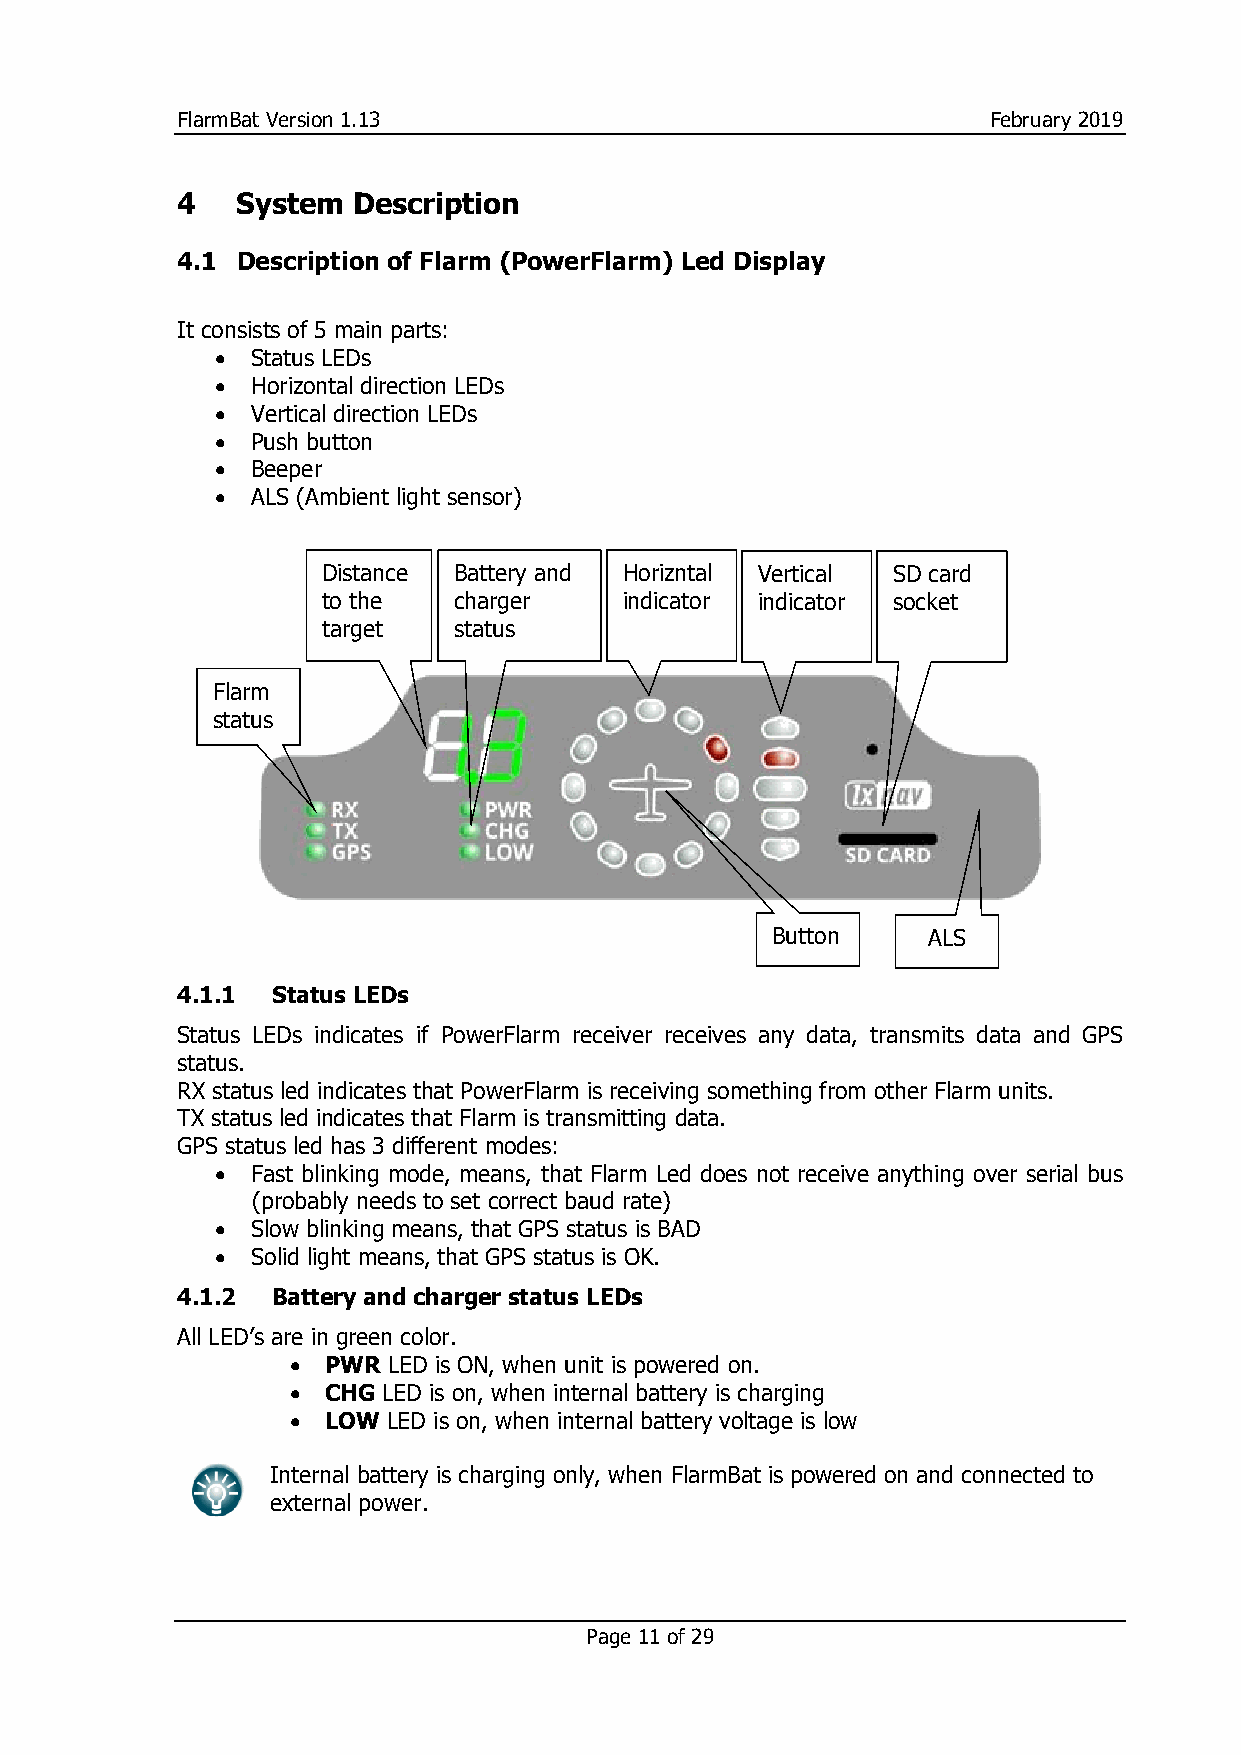
FlarmBat Version 1.13                                February 2019
 4   System Description
 4.1 Description of Flarm (PowerFlarm) Led Display
 It consists of 5 main parts:
 •  Status LEDs
 •  Horizontal direction LEDs
 •  Vertical direction LEDs
 •  Push button
 •  Beeper
 •  ALS (Ambient light sensor)
 Distance Battery and Horizntal Vertical SD card
 to the   charger    indicator indicator socket
 target   status
 Flarm
 status
 Button    ALS
 4.1.1 Status LEDs
 Status LEDs indicates if PowerFlarm receiver receives any data, transmits data and GPS
 status.
 RX status led indicates that PowerFlarm is receiving something from other Flarm units.
 TX status led indicates that Flarm is transmitting data.
 GPS status led has 3 different modes:
 •  Fast blinking mode, means, that Flarm Led does not receive anything over serial bus
 (probably needs to set correct baud rate)
 •  Slow blinking means, that GPS status is BAD
 •  Solid light means, that GPS status is OK.
 4.1.2 Battery and charger status LEDs
 All LED’s are in green color.
 •  PWR LED is ON, when unit is powered on.
 •  CHG LED is on, when internal battery is charging
 •  LOW LED is on, when internal battery voltage is low
 Internal battery is charging only, when FlarmBat is powered on and connected to
 external power.
 Page 11 of 29